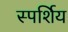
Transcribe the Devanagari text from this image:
स्पर्शिय